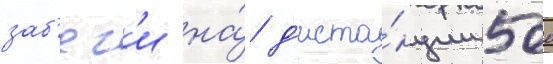
заб'ег'и на́ д'иста́нции 500